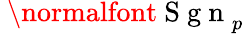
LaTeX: \mathrm{~\normalfont~S~g~n~}_{p}